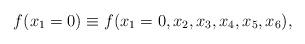
LaTeX: \begin{align*}f(x_1=0) \equiv f(x_1=0,x_2,x_3,x_4,x_5,x_6),\end{align*}